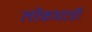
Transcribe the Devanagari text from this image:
लोकधात्री